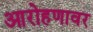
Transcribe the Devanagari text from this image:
आरोहणावर